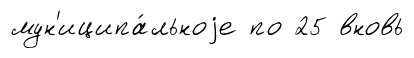
мун'иципа́льноjе по 25 вновь